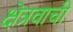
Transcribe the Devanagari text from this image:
क्षेत्रवाची